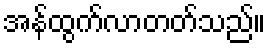
အန်ထွက်လာတတ်သည်။